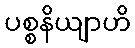
ပစ္စနိယျာဟိ